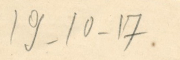
19 - 10 - 17